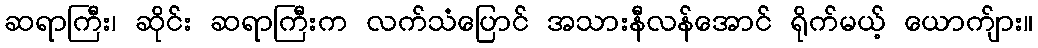
ဆရာကြီး၊ ဆိုင်း ဆရာကြီးက လက်သံပြောင် အသားနီလန်အောင် ရိုက်မယ့် ယောက်ျား။